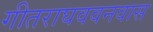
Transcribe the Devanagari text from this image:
गीतराघववनवास